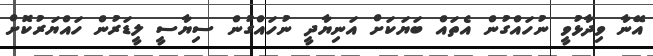
އޭނާ ވިދާޅުވީ ނުހައްގުން އެތައް ބަޔަކަށް އަނިޔާދީ ނުހައްގުން ސިޔާސީ ލީޑަރުން ހައްޔަރުކޮށް